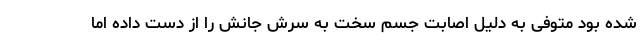
شده بود متوفی به دلیل اصابت جسم سخت به سرش جانش را از دست داده اما